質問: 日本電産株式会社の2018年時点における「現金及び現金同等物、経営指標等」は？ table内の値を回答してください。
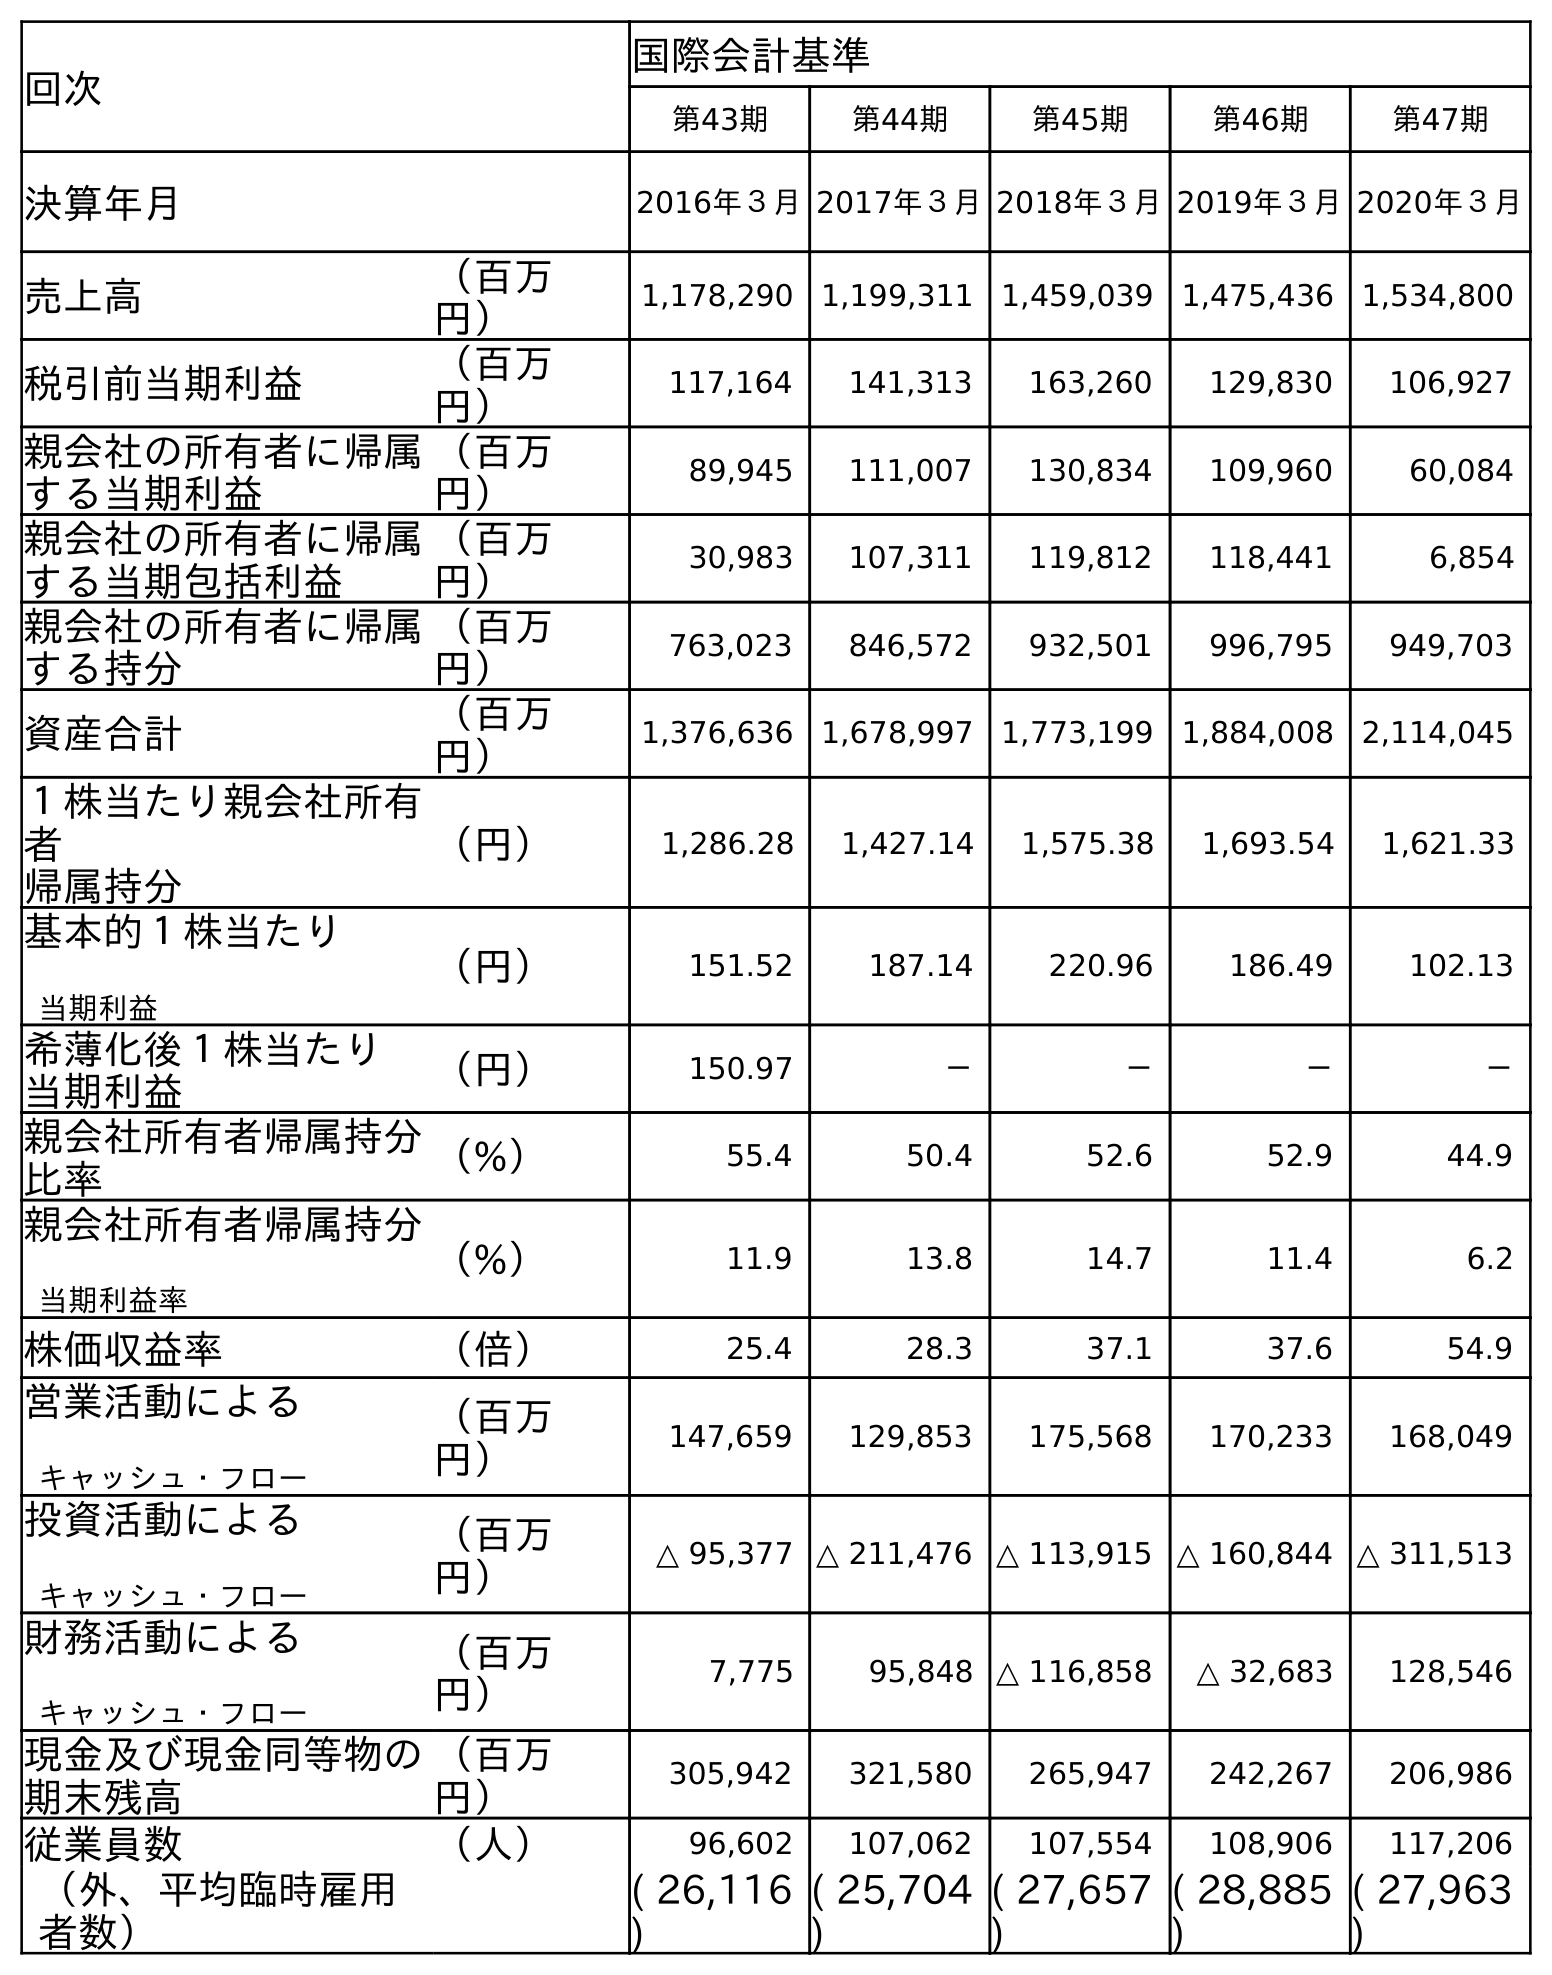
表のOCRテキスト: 回次 国際会計基準 第43期 第44期 第45期 第46期 第47期 決算年月 2016年３月2017年３月2018年３月2019年３月2020年３月 売上高 （百万 円） 1,178,290 1,199,311 1,459,039 1,475,436 1,534,800 税引前当期利益 （百万 円） 117,164 141,313 163,260 129,830 106,927 親会社の所有者に帰属 する当期利益 （百万 円） 89,945 111,007 130,834 109,960 60,084 親会社の所有者に帰属 する当期包括利益 （百万 円） 30,983 107,311 119,812 118,441 6,854 親会社の所有者に帰属 する持分 （百万 円） 763,023 846,572 932,501 996,795 949,703 資産合計 （百万 円） 1,376,636 1,678,997 1,773,199 1,884,008 2,114,045 １株当たり親会社所有 者 帰属持分 （円） 1,286.28 1,427.14 1,575.38 1,693.54 1,621.33 基本的１株当たり 当期利益 （円） 151.52 187.14 220.96 186.49 102.13 希薄化後１株当たり 当期利益 （円） 150.97 － － － － 親会社所有者帰属持分 比率 （%） 55.4 50.4 52.6 52.9 44.9 親会社所有者帰属持分 当期利益率 （%） 11.9 13.8 14.7 11.4 6.2 株価収益率 （倍） 25.4 28.3 37.1 37.6 54.9 営業活動による キャッシュ・フロー （百万 円） 147,659 129,853 175,568 170,233 168,049 投資活動による キャッシュ・フロー （百万 円） △ 95,377 △ 211,476 △ 113,915 △ 160,844 △ 311,513 財務活動による キャッシュ・フロー （百万 円） 7,775 95,848 △ 116,858 △ 32,683 128,546 現金及び現金同等物の 期末残高 （百万 円） 305,942 321,580 265,947 242,267 206,986 従業員数 （人） 96,602 107,062 107,554 108,906 117,206 （外、平均臨時雇用 者数） ( 26,116 ) ( 25,704 ) ( 27,657 ) ( 28,885 ) ( 27,963 )
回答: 265,947